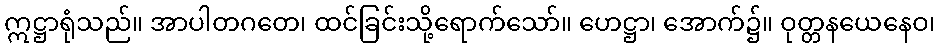
ဣဋ္ဌာရုံသည်။ အာပါတဂတေ၊ ထင်ခြင်းသို့ရောက်သော်။ ဟေဋ္ဌာ၊ အောက်၌။ ဝုတ္တနယေနေဝ၊